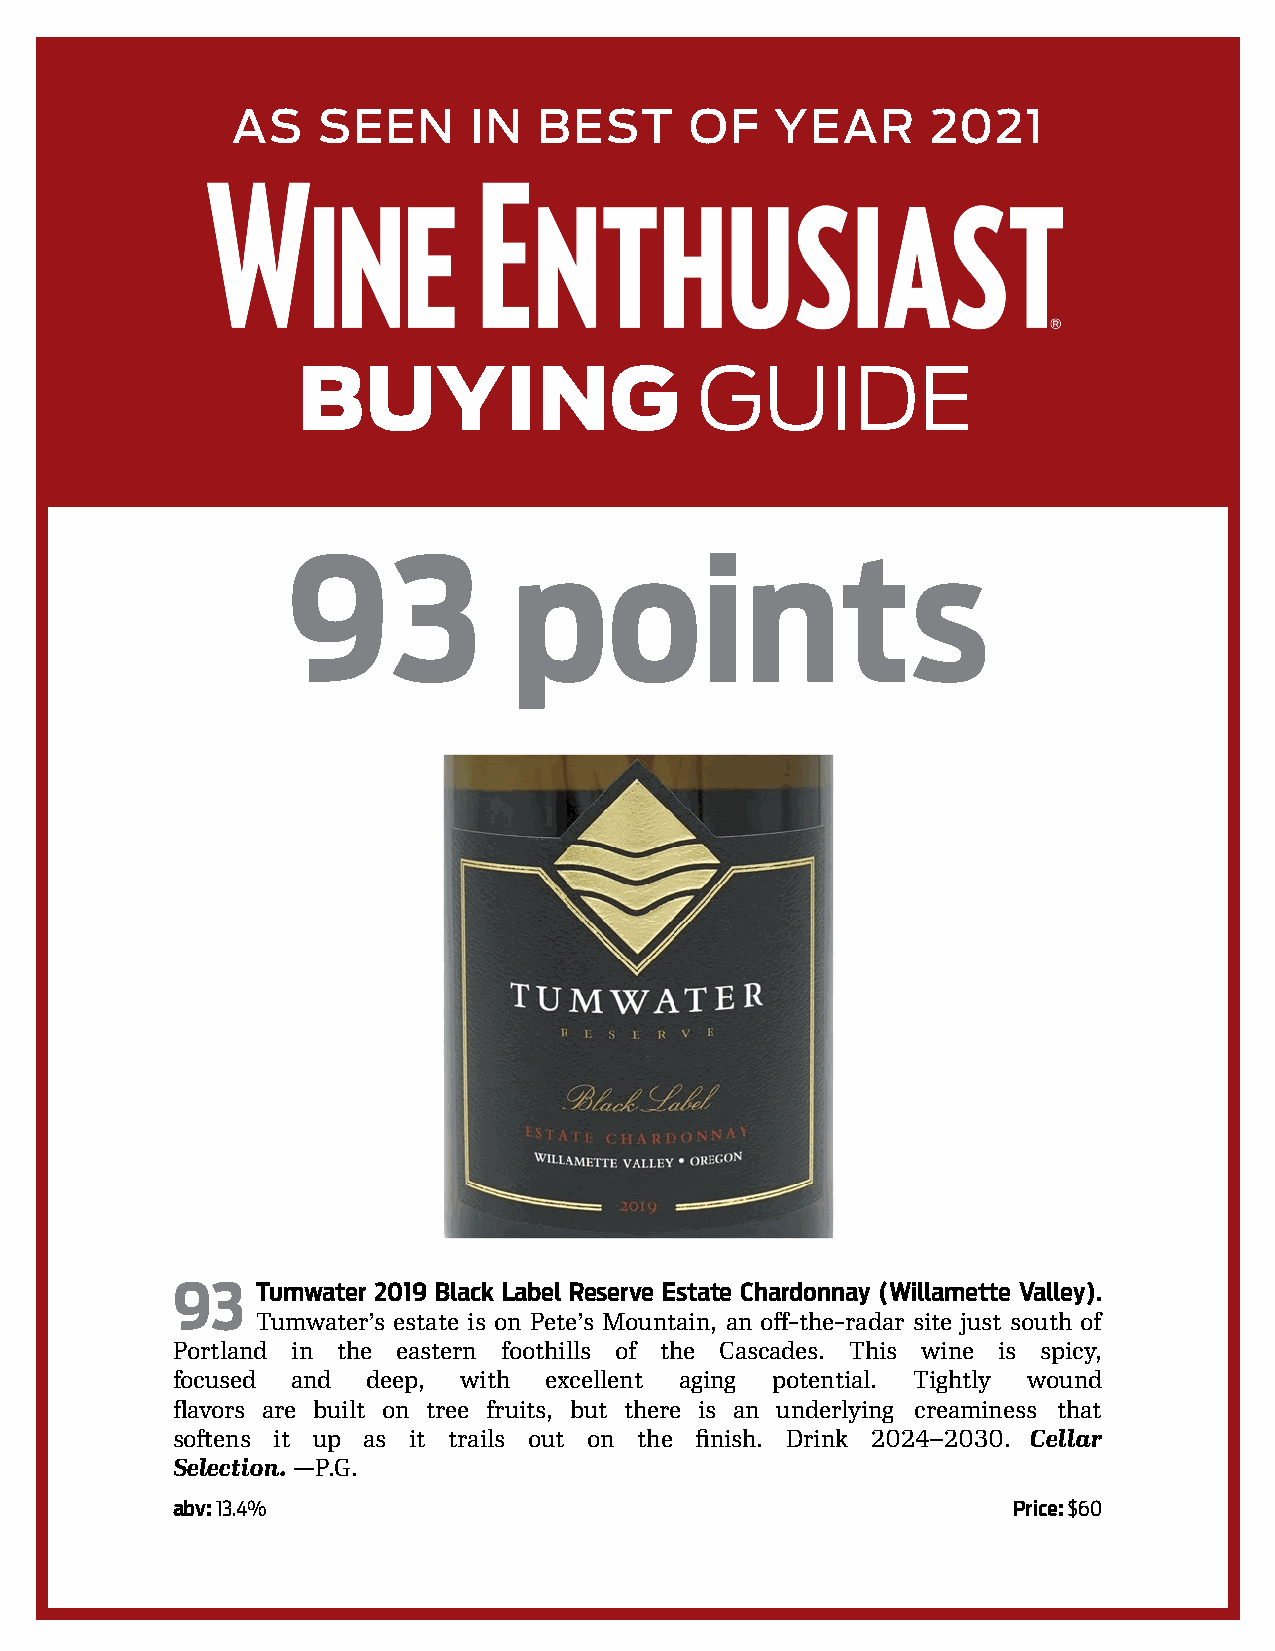
AS    SEEN      IN   BEST      OF   YEAR       2021
 GUIDE
 BUYING
 93             points
 93    Tumwater 2019 Black Label Reserve Estate Chardonnay (Willamette Valley).
 Tumwater’s estate is on Pete’s Mountain, an off-the-radar site just south of
 Portland in the eastern foothills of the Cascades. This wine is spicy,
 focused and  deep, with  excellent aging potential. Tightly wound
 flavors are built on tree fruits, but there is an underlying creaminess that
 softens it up as it trails out on the finish. Drink 2024–2030. Cellar
 Selection. —P.G.
 abv: 13.4%                                              Price: $60